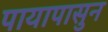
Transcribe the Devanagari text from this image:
पायापासुन